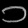
Digit: ၁